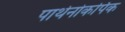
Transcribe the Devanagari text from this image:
पार्थेनोकर्पिक